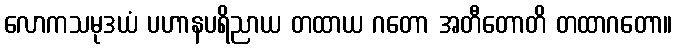
လောကသမုဒယံ ပဟာနပရိညာယ တထာယ ဂတော အတီတောတိ တထာဂတော။